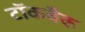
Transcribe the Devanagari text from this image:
टॉकबैक